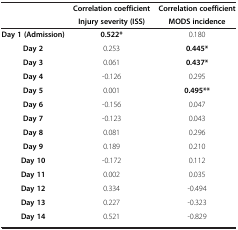
<table><thead><tr><td>[EMPTY_CELL]</td><td><b>Correlation coefficient</b></td><td><b>Correlation coefficient</b></td></tr><tr><td>[EMPTY_CELL]</td><td><b>Injury severity (ISS)</b></td><td><b>MODS incidence</b></td></tr></thead><tbody><tr><td><b>Day 1 (Admission)</b></td><td><b>0.522*</b></td><td>0.180</td></tr><tr><td><b>Day 2</b></td><td>0.253</td><td><b>0.445*</b></td></tr><tr><td><b>Day 3</b></td><td>0.061</td><td><b>0.437*</b></td></tr><tr><td><b>Day 4</b></td><td>-0.126</td><td>0.295</td></tr><tr><td><b>Day 5</b></td><td>0.001</td><td><b>0.495**</b></td></tr><tr><td><b>Day 6</b></td><td>-0.156</td><td>0.047</td></tr><tr><td><b>Day 7</b></td><td>-0.123</td><td>0.043</td></tr><tr><td><b>Day 8</b></td><td>0.081</td><td>0.296</td></tr><tr><td><b>Day 9</b></td><td>0.189</td><td>0.210</td></tr><tr><td><b>Day 10</b></td><td>-0.172</td><td>0.112</td></tr><tr><td><b>Day 11</b></td><td>0.002</td><td>0.035</td></tr><tr><td><b>Day 12</b></td><td>0.334</td><td>-0.494</td></tr><tr><td><b>Day 13</b></td><td>0.227</td><td>-0.323</td></tr><tr><td><b>Day 14</b></td><td>0.521</td><td>-0.829</td></tr></tbody></table>